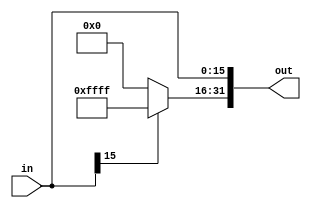
// Universidade Federal Rural de Pernambuco
// Curso: Licenciatura em Computao
// Disciplina: Arquitetura de Computadores
// Professor: Victor Coutinho
// Alunos: Csar Henrique, Kleyton Clementino, Huan Christopher
// Atividade Prtica 2 VA

module ExtSinal( input [15:0]in, output reg[31:0]out);
    always@(*) begin
        if(in[15]==1)
        begin
            out[31:16]=16'd65535;
            out[15:0]=in;
        end
        else
        begin
            out[31:16]=16'd0;
            out[15:0]=in;
        end
    end
endmodule